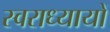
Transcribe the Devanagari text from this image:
स्वराध्यायों